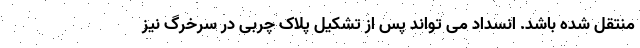
منتقل شده باشد. انسداد می تواند پس از تشکیل پلاک چربی در سرخرگ نیز